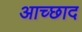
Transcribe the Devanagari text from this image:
आच्छाद